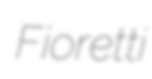
Fioretti